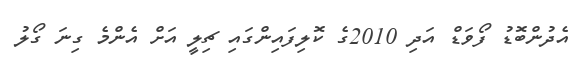
އެދުންބޮޑު ފޯވަޑް އަދި 2010ގެ ކޮލިފައިންގައި ޗިލީ އަށް އެންމެ ގިނަ ގޯލު